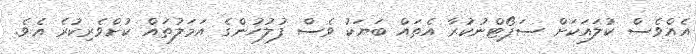
އެއްވެސް ކުލައަކަށް ސަޕޯޓްނުކުރާ އެތައް ބަޔަކު ވެސް ފުލުހުންގެ އަމަލުތައް ކުށްވެރިކުރެ އެވެ.